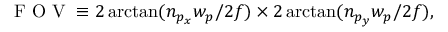
\mathrm { ~ F ~ O ~ V ~ } \equiv 2 \arctan ( n _ { p _ { x } } w _ { p } / 2 f ) \times 2 \arctan ( n _ { p _ { y } } w _ { p } / 2 f ) ,